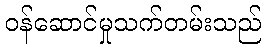
ဝန်ဆောင်မှုသက်တမ်းသည်